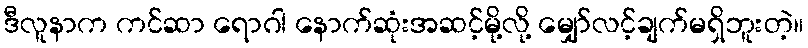
ဒီလူနာက ကင်ဆာ ရောဂါ နောက်ဆုံးအဆင့်မို့လို့ မျှော်လင့်ချက်မရှိဘူးတဲ့။